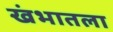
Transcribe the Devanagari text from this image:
खंभातला